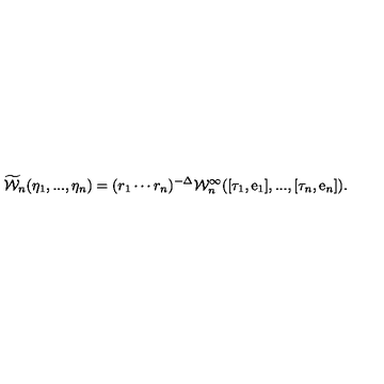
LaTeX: \widetilde { \cal W } _ { n } ( \eta _ { 1 } , . . . , \eta _ { n } ) = ( r _ { 1 } \cdots r _ { n } ) ^ { - \Delta } { \cal W } _ { n } ^ { \infty } ( [ \tau _ { 1 } , \mathrm { e } _ { 1 } ] , . . . , [ \tau _ { n } , \mathrm { e } _ { n } ] ) .